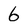
Character: 6